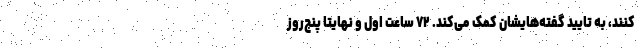
کنند، به تایید گفته‌هایشان کمک می‌کند. ۷۲ ساعت اول و نهایتا پنج‌روز